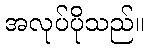
အလုပ်ပိုသည်။